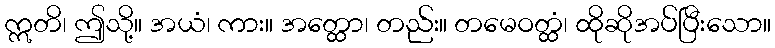
ဣတိ၊ ဤသို့။ အယံ၊ ကား။ အတ္ထော၊ တည်း။ တမေဝတ္ထံ၊ ထိုဆိုအပ်ပြီးသော။